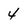
Character: 4